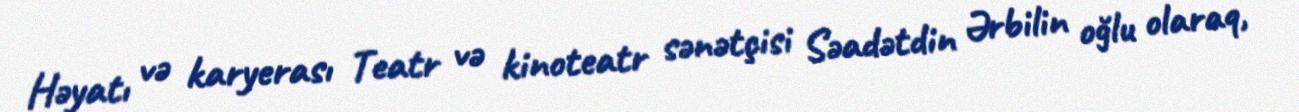
Həyatı və karyerası Teatr və kinoteatr sənətçisi Səadətdin Ərbilin oğlu olaraq,